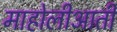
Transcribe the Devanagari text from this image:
माहोलीआती